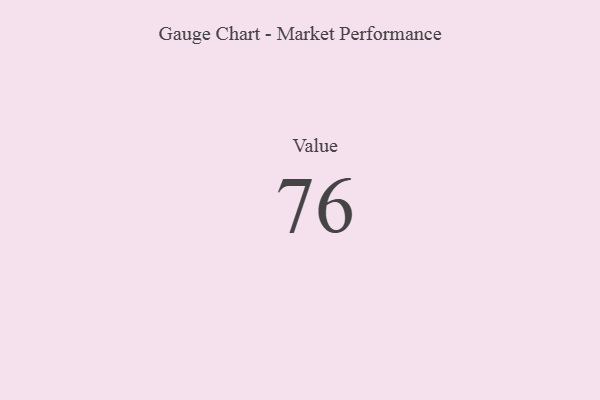
{"axis": {"x": "Metric", "y": "Value"}, "legend": [""], "data": [{"x": "Value", "y": 76, "type": ""}]}